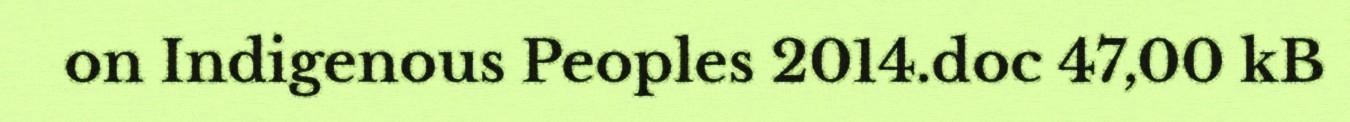
on Indigenous Peoples 2014.doc 47,00 kB